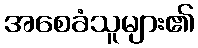
အစေခံသူများ၏